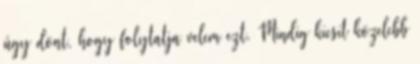
úgy dönt, hogy folytatja velem ezt. Mindig kicsit közelebb